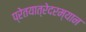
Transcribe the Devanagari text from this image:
प्रेतयात्रेदरम्यान